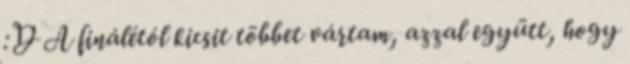
:D A finálétól kicsit többet vártam, azzal együtt, hogy